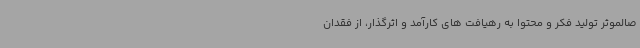
صالموثر تولید فکر و محتوا به رهیافت های کارآمد و اثرگذار، از فقدان